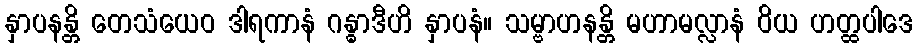
နှာပနန္တိ တေသံယေဝ ဒါရကာနံ ဂန္ဓာဒီဟိ နှာပနံ။ သမ္ဗာဟနန္တိ မဟာမလ္လာနံ ဝိယ ဟတ္ထပါဒေ